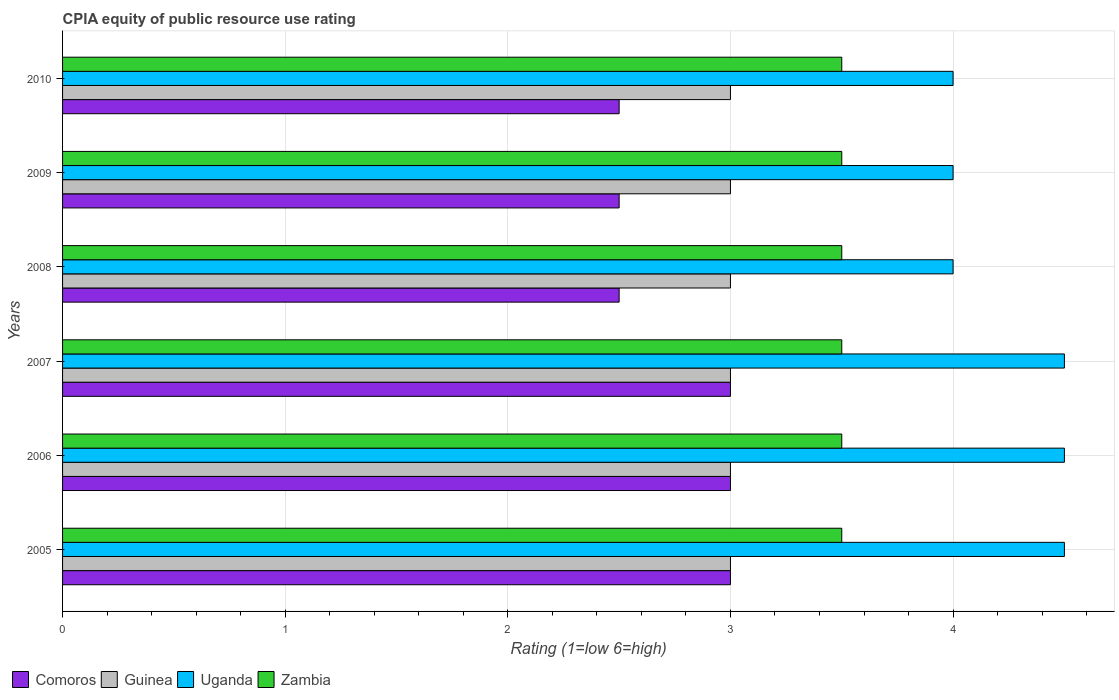
| Years | Comoros | Guinea | Uganda | Zambia |
 | --- | --- | --- | --- | --- |
 | 2005 | 3 | 3 | 4.5 | 3.5 |
 | 2006 | 3 | 3 | 4.5 | 3.5 |
 | 2007 | 3 | 3 | 4.5 | 3.5 |
 | 2008 | 2.5 | 3 | 4 | 3.5 |
 | 2009 | 2.5 | 3 | 4 | 3.5 |
 | 2010 | 2.5 | 3 | 4 | 3.5 |